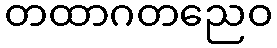
တထာဂတညေဝ